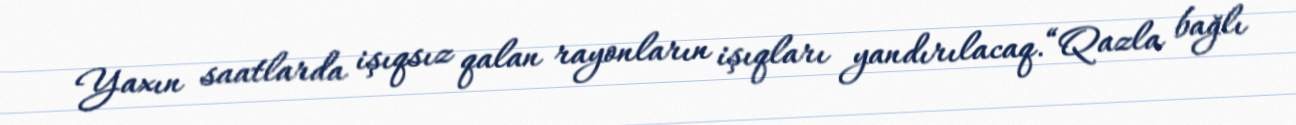
Yaxın saatlarda işıqsız qalan rayonların işıqları yandırılacaq.“Qazla bağlı